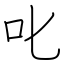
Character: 叱